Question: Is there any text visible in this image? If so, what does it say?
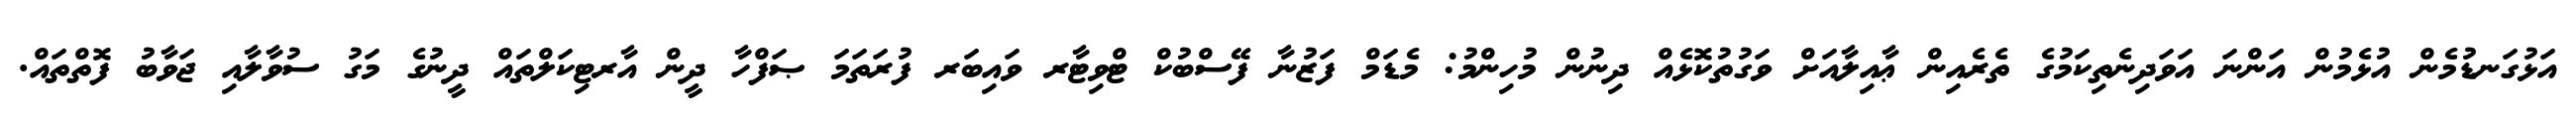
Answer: އަޅުގަނޑުމެން އުޅެމުން އަންނަ އަވަދިނެތިކަމުގެ ތެރެއިން ޢާއިލާއަށް ވަގުތުކޮޅެއް ދިނުން މުހިންމު: މެޑަމް ފަޒުނާ ފޭސްބުކް ޓްވިޓާރ ވައިބަރ ފުރަތަމަ ޞަފްހާ ދީން އާރޓިކަލްތައް ދީނުގެ މަގު ސުވާލާއި ޖަވާބު ފޮތްތައް.